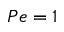
P e = 1